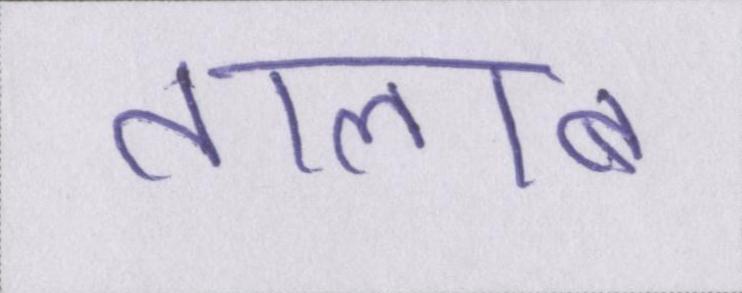
तालाब